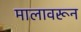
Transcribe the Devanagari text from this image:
मालावरून